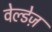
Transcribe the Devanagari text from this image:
वेल्डेज़